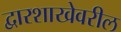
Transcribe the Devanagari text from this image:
द्वारशाखेवरील